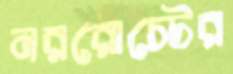
নররোস্টের